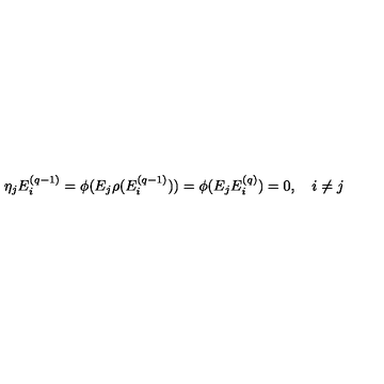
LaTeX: \eta _ { j } E _ { i } ^ { ( q - 1 ) } = \phi ( E _ { j } \rho ( E _ { i } ^ { ( q - 1 ) } ) ) = \phi ( E _ { j } E _ { i } ^ { ( q ) } ) = 0 , \quad i \neq j